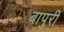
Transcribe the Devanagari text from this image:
बापुरी